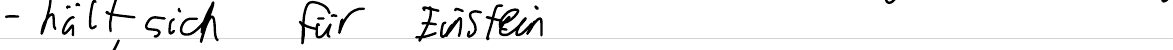
- hält sich für Einstein